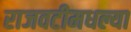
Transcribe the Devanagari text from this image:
राजवटीमधल्या